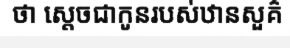
ថា ស្តេចជាកូនរបស់ឋានសួគ៌